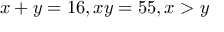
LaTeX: x + y = 1 6 , x y = 5 5 , x > y